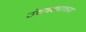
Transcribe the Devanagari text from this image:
उंचवट्याच्या